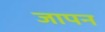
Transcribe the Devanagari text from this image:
जापन